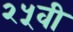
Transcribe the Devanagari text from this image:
२५वी